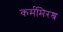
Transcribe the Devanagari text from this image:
कर्ममिरश्र